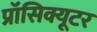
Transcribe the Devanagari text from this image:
प्रॉसिक्यूटर